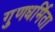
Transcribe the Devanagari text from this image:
गुणधर्मिता